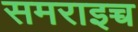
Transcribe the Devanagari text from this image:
समराइच्च